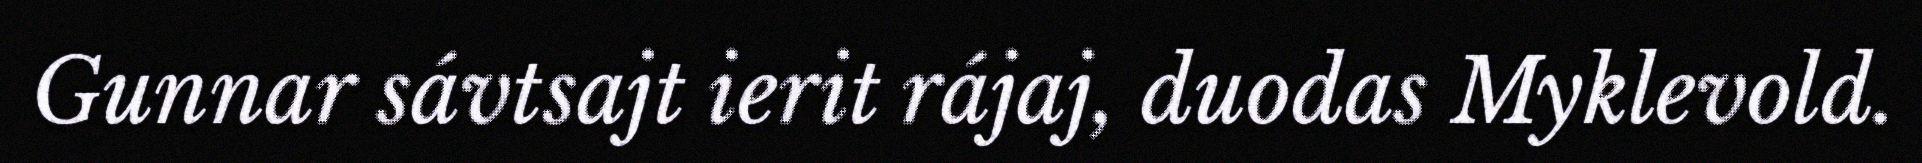
Gunnar sávtsajt ierit rájaj, duodas Myklevold.